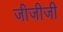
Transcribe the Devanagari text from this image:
जीजीजी